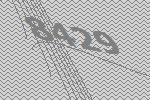
8429